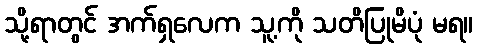
သို့ရာတွင် အက်ရှလေက သူ့ကို သတိပြုမိပုံ မရ။